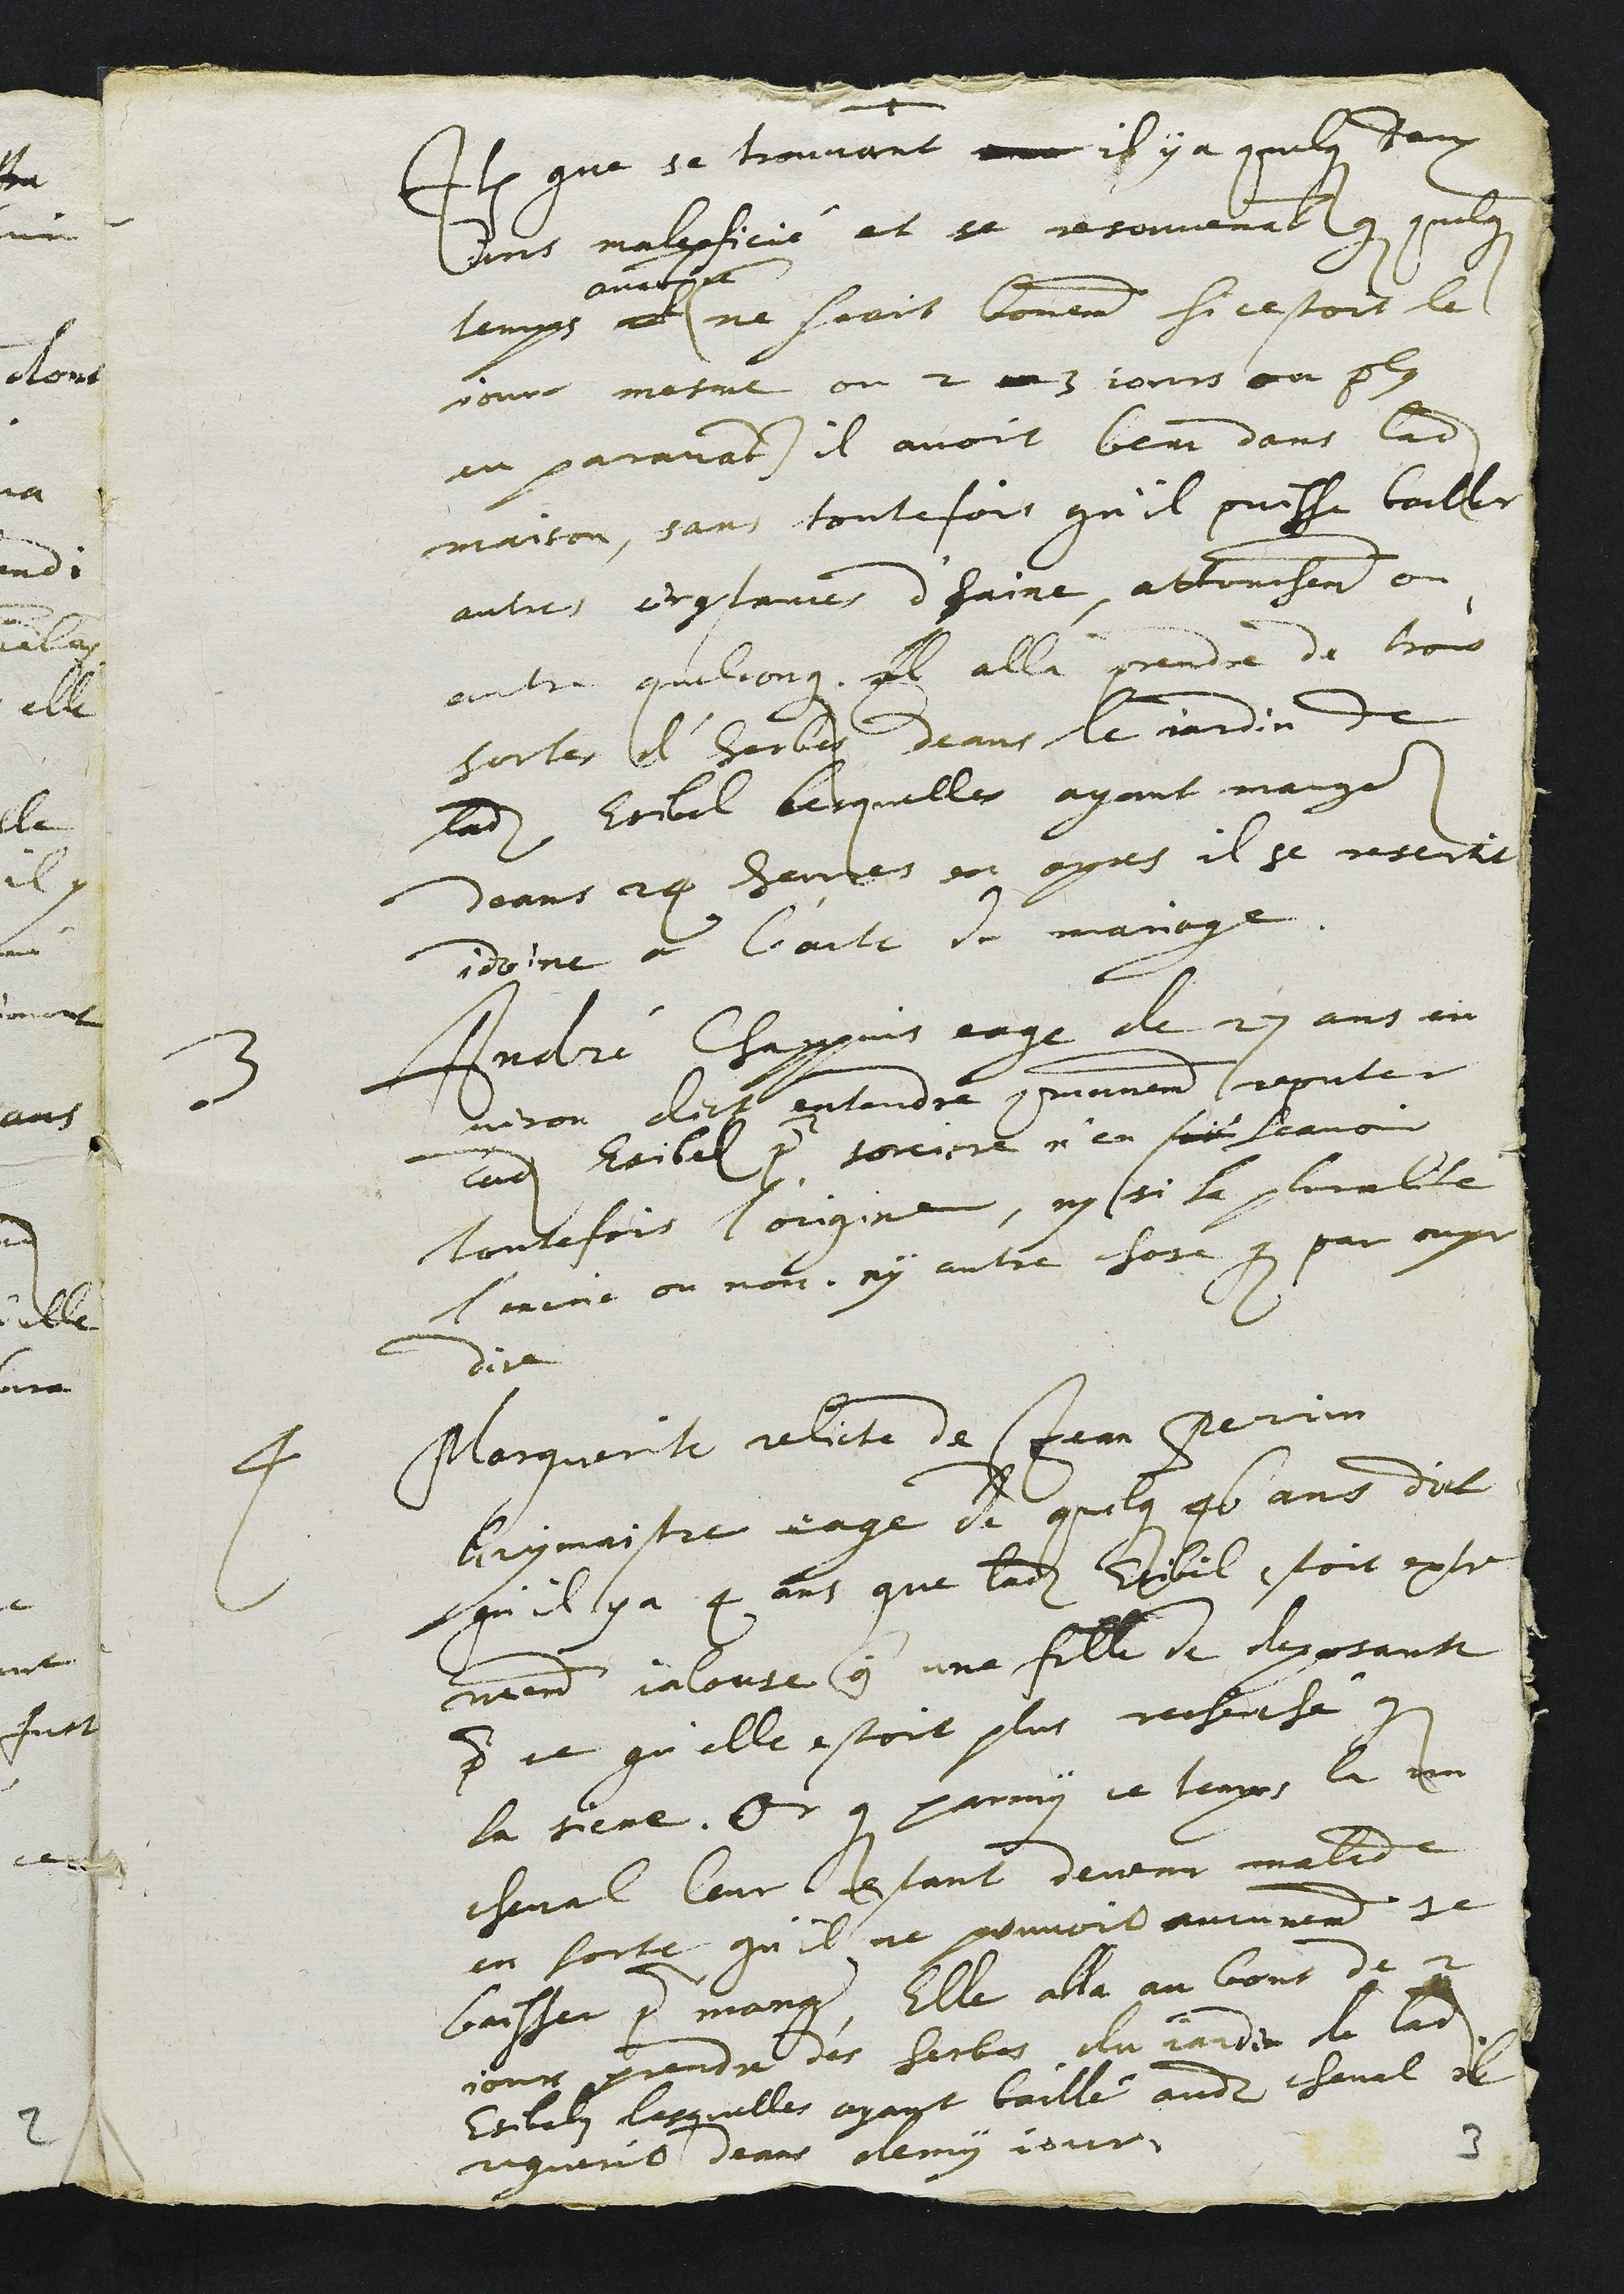
Item que se trouvant avec il y a quelque deux
ans maleficié et se resouvenant que quelques
temps et
auparavant
(ne scait bonement si cestoit le
jour mesme ou 2 ou 3 jours ou plus
en paravant) il avoit beut dans ladite
maison, sans toutefois qu'il puisse bailler
autres circonstances d'haine, attouchement ou
autre quelconque. Il alla prendre de trois
sortes d'herbes deans le jardin de
ladite Esibel lesquelles ayant manges
deans 24 heures en apres il se resentit
idoine a l'acte de mariage.
3 André Chappuis eage de 27 ans en
viron dict entendre communement reputer
ladite Esibel pour sorciere n'en sait scavoir
toutefois l'origine, ny si la pluralité
l'encrie ou non, ny autre chose que par ouye
dire
4 Marguerite relicte de Jean Perrin
Grymaistre eage de quelques 46 ans dict
qu'il y a 4 ans que ladite Esibel estoit extre
mement jalouse contre une fille de deposante
pour ce qu'elle estoit plus recherche que
la siene. Or que parmy ce temps la un
cheval leur estant devenu malade
en sorte qu'il ne pouvoit aucunement se
baisser pour manger, Elle alla au bout de 2
jour prendre des herbes du jardin de ladite
Esibelz lesquelles ayant baillé audit cheval il
reguerit deans demy jour.